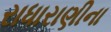
રાધારાણીના